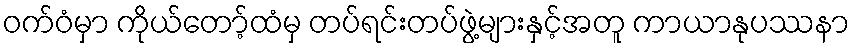
ဝက်ဝံမှာ ကိုယ်တော့်ထံမှ တပ်ရင်းတပ်ဖွဲ့များနှင့်အတူ ကာယာနုပဿနာ